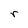
Character: r